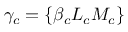
\gamma _ { c } = \{ \beta _ { c } L _ { c } M _ { c } \}